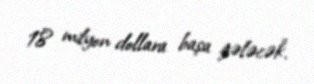
18 milyon dollara başa gələcək.